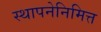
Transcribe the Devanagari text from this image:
स्थापनेनिमित्त